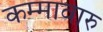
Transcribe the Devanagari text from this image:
कम्मावारु